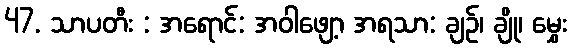
47. သာပတီး : အရောင်: အဝါဖျော့ အရသာ: ချဉ်၊ ချို၊ မွှေး